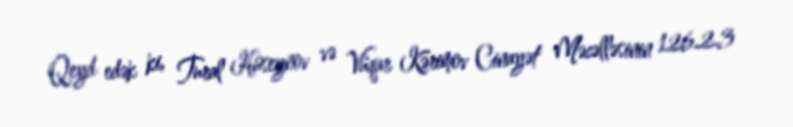
Qeyd edək ki, Tural Hüseynov və Vüqar Kərimov Cinayət Məcəlləsinin 126.2.3